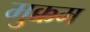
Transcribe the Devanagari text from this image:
मुक्कम